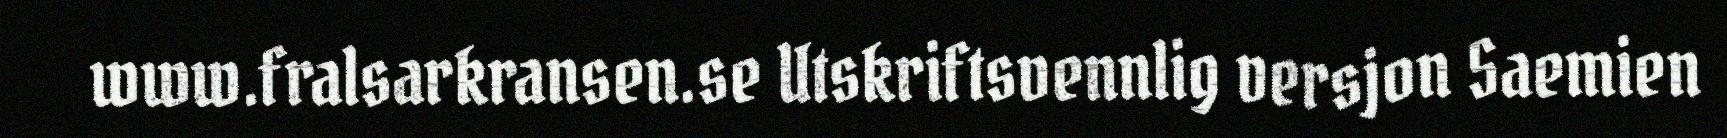
www.fralsarkransen.se Utskriftsvennlig versjon Saemien